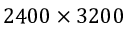
2 4 0 0 \times 3 2 0 0